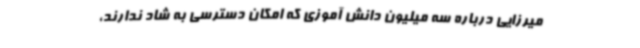
میرزایی درباره سه میلیون دانش آموزی که امکان دسترسی به شاد ندارند،